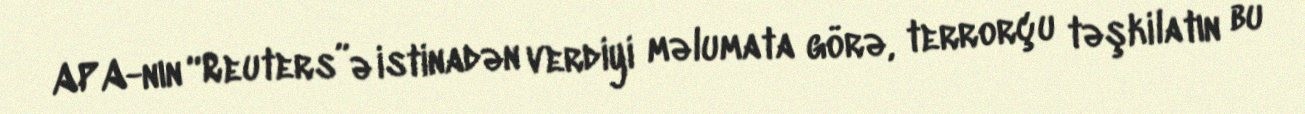
APA-nın “Reuters”ə istinadən verdiyi məlumata görə, terrorçu təşkilatın bu